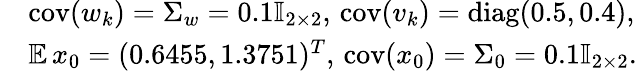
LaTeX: \begin{array}{rl}&{\mathrm{cov}(w_{k})=\Sigma_{w}=0.1\mathbb{I}_{2\times 2},\, \mathrm{cov}(v_{k})=\textrm{diag}(0.5,0.4),}\\ &{\mathbb{E\, }x_{0}=(0.6455,1.3751)^{T},\, \mathrm{cov}(x_{0})=\Sigma_{0}=0.1\mathbb{I}_{2\times 2}.}\end{array}